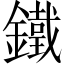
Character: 鐵